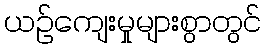
ယဉ်ကျေးမှုများစွာတွင်